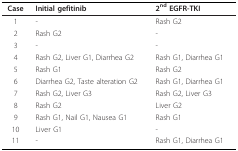
<table><thead><tr><td><b>Case</b></td><td><b>Initial gefitinib</b></td><td><b>2<sup>nd </sup>EGFR-TKI</b></td></tr></thead><tbody><tr><td>1</td><td>-</td><td>Rash G2</td></tr><tr><td>2</td><td>Rash G2</td><td>-</td></tr><tr><td>3</td><td>-</td><td>-</td></tr><tr><td>4</td><td>Rash G2, Liver G1, Diarrhea G2</td><td>Rash G1, Diarrhea G1</td></tr><tr><td>5</td><td>Rash G1</td><td>Rash G2</td></tr><tr><td>6</td><td>Diarrhea G2, Taste alteration G2</td><td>Rash G1, Diarrhea G1</td></tr><tr><td>7</td><td>Rash G2, Liver G3</td><td>Rash G2, Liver G3</td></tr><tr><td>8</td><td>Rash G2</td><td>Liver G2</td></tr><tr><td>9</td><td>Rash G1, Nail G1, Nausea G1</td><td>Rash G1</td></tr><tr><td>10</td><td>Liver G1</td><td>-</td></tr><tr><td>11</td><td>-</td><td>Rash G1, Diarrhea G1</td></tr></tbody></table>